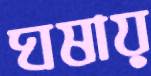
ঘষায়